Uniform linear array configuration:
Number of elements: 16
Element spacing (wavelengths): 0.5
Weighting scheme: kaiser
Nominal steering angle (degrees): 45
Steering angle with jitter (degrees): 46.542
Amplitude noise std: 0.05
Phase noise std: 0.05

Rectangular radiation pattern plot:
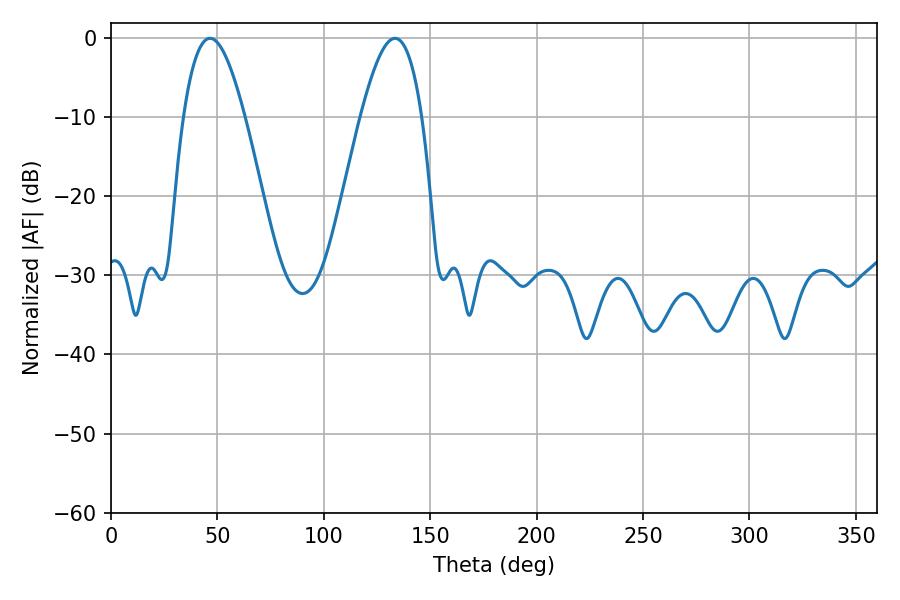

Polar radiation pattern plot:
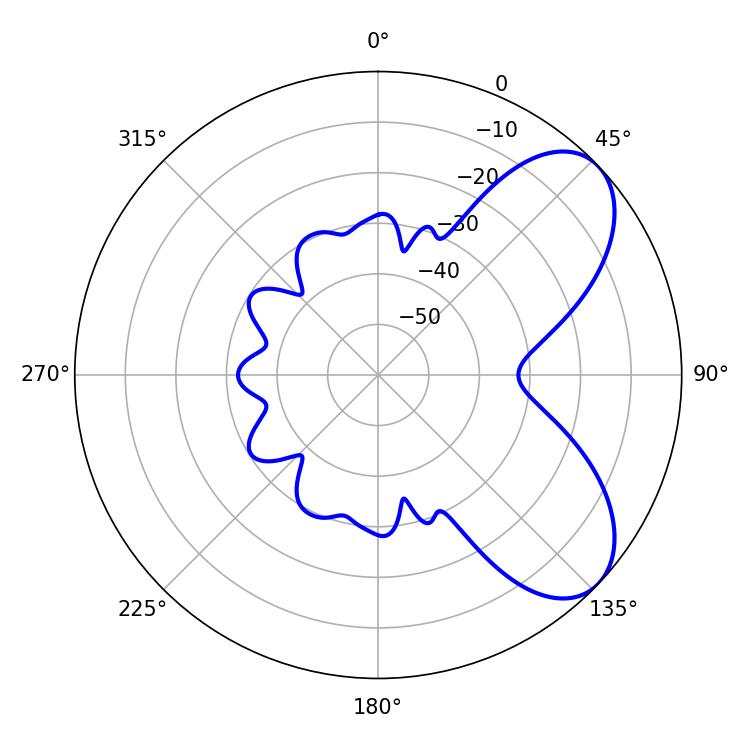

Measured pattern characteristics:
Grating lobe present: FALSE
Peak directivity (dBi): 6.627
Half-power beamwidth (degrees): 15.66
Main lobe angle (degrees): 46.44